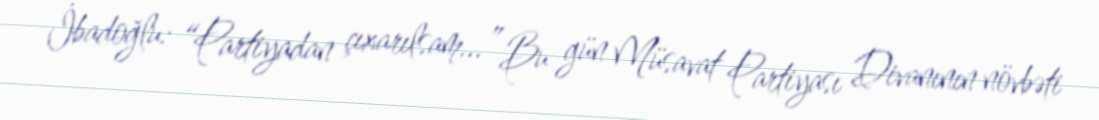
İbadoğlu: “Partiyadan çıxarılsam...” Bu gün Müsavat Partiyası Divanının növbəti